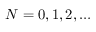
N = 0 , 1 , 2 , \ldots